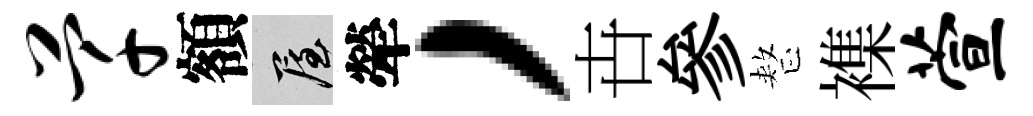
芊額屋犖，卋參整襍萱